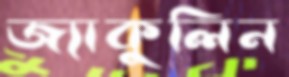
জ্যাকুলিন